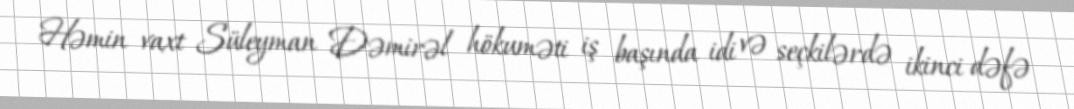
Həmin vaxt Süleyman Dəmirəl hökuməti iş başında idi və seçkilərdə ikinci dəfə